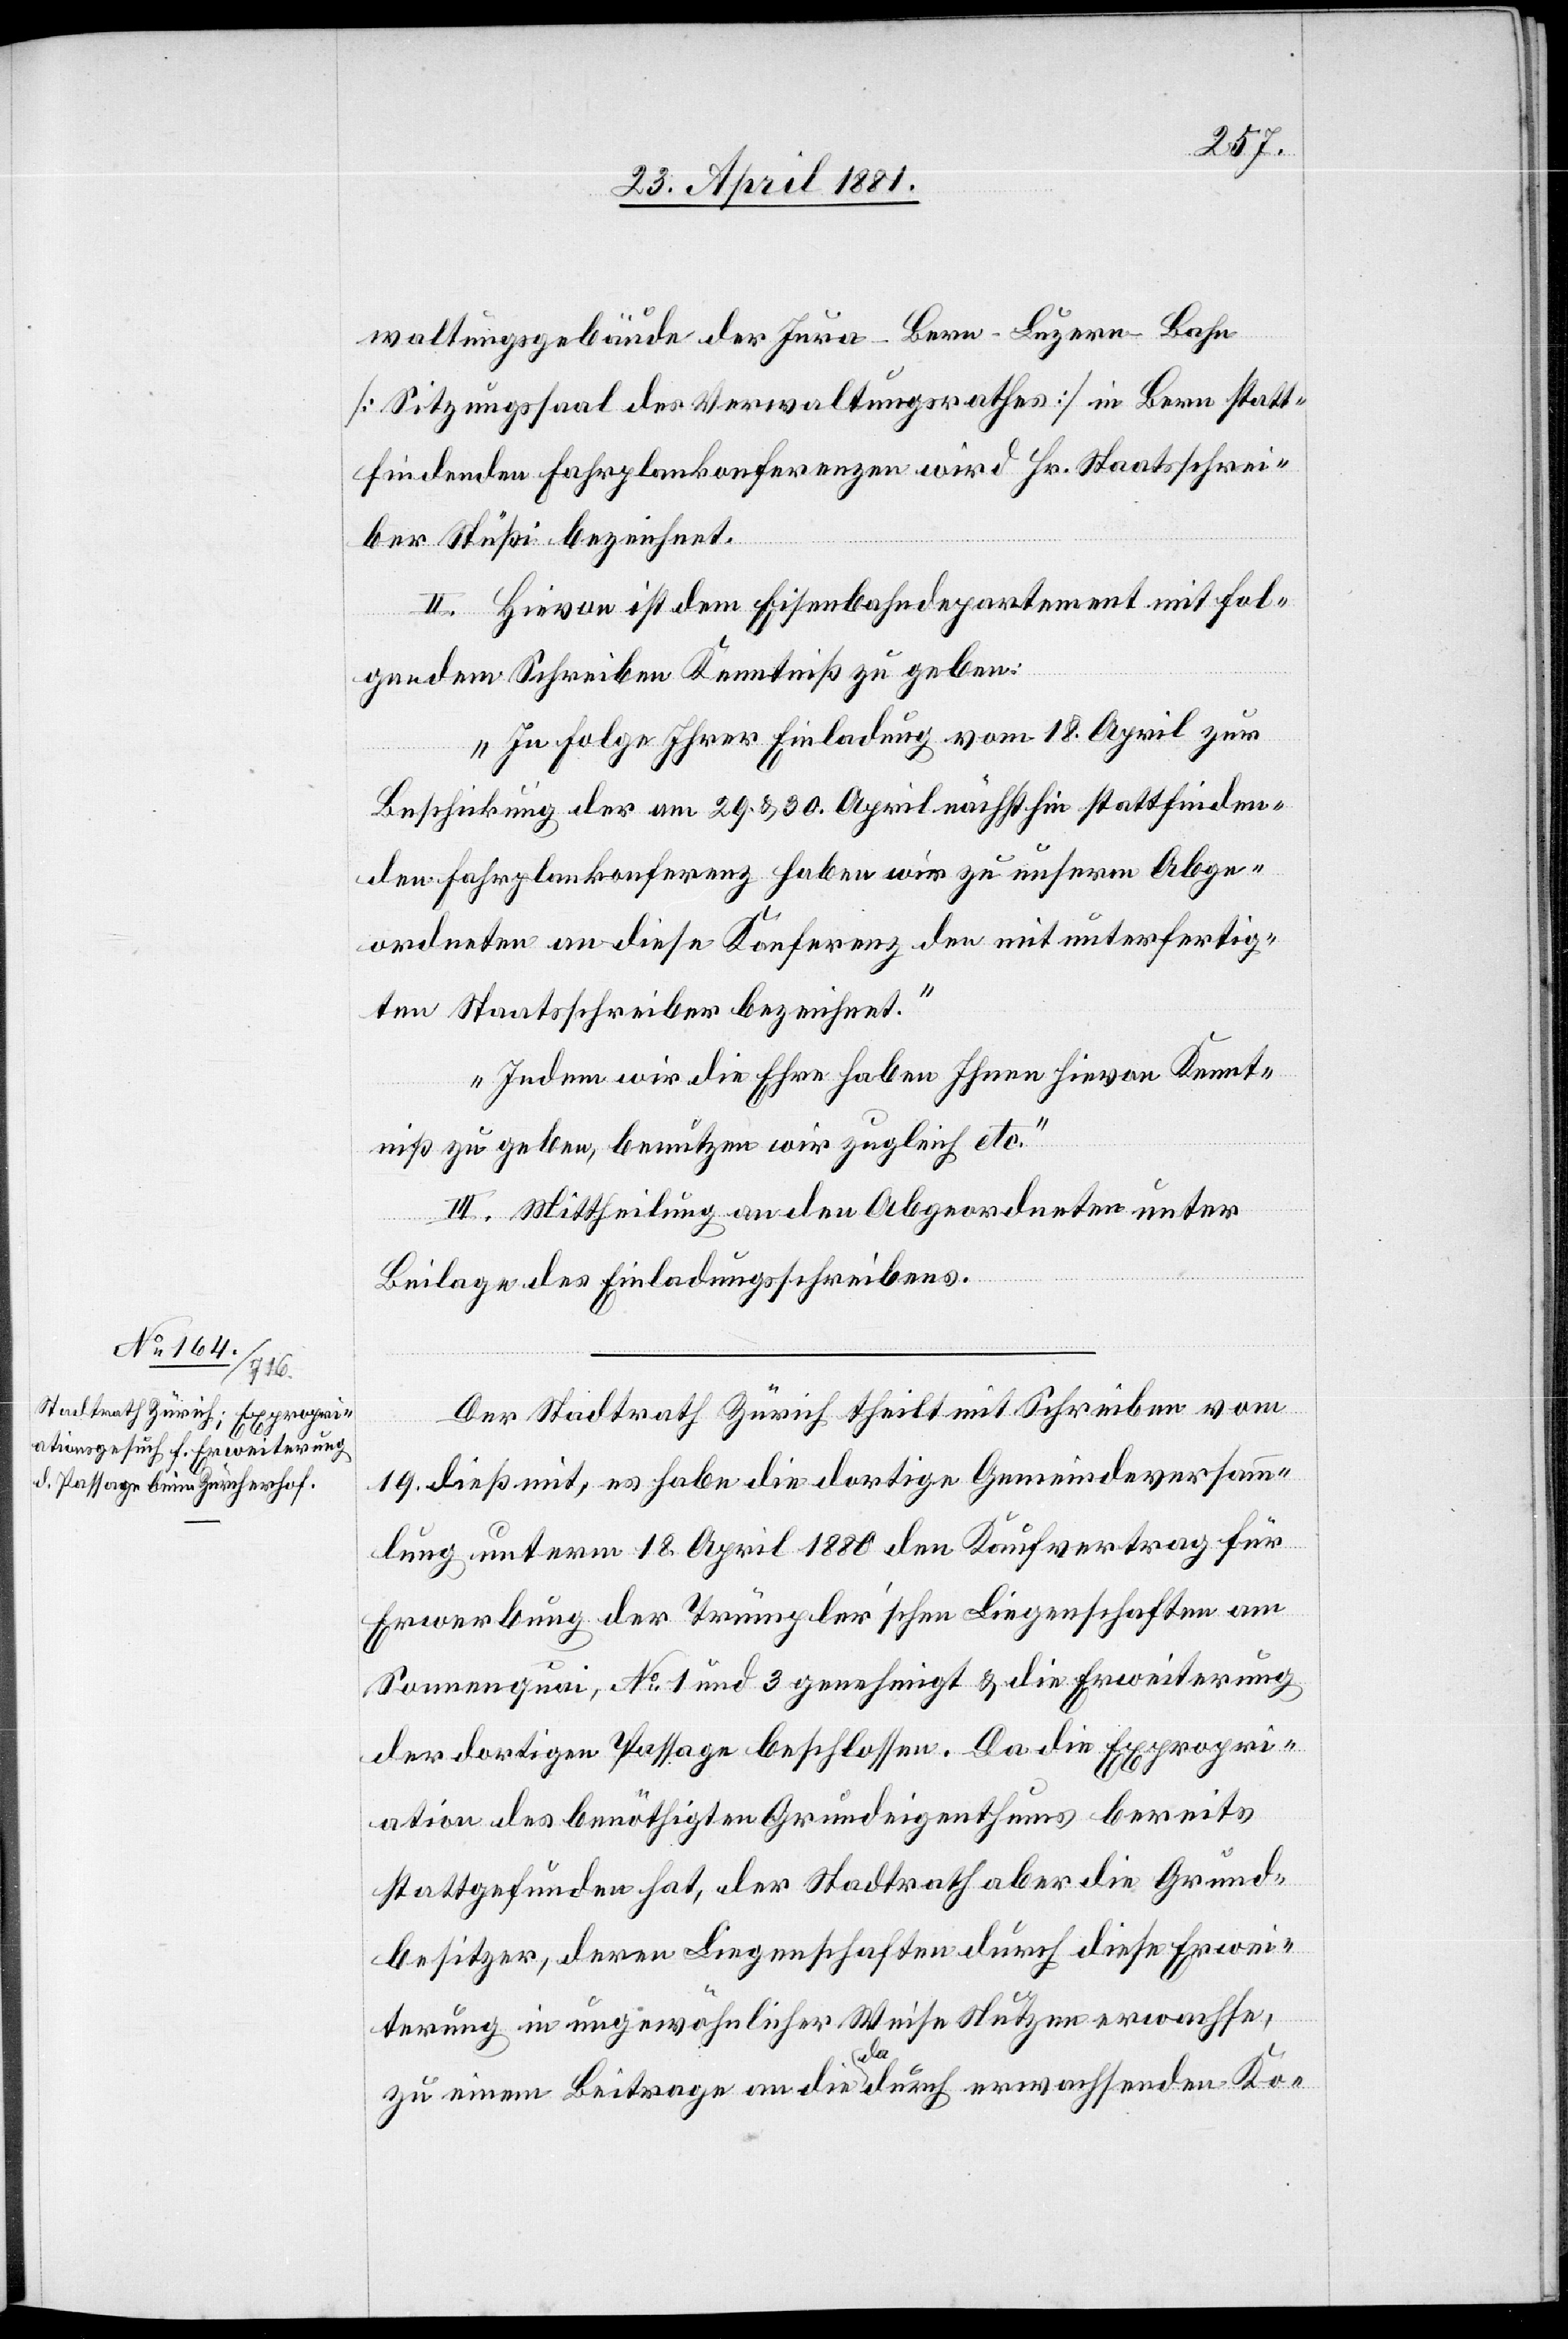
waltungsgebäude der Jura–Bern–Luzern-Bahn
[Sitzungsaal des Verwaltungsrathes] in Bern statt¬
findenden Fahrplankonferenzen wird Hr. Staatsschrei¬
ber Stüßi bezeichnet.
II. Hievon ist dem Eisenbahndepartement mit fol¬
gendem Schreiben Kenntniß zu geben:
„In Folge Ihrer Einladung vom 18. April zur
Beschickung der am 29. & 30. April nächsthin stattfinden¬
den Fahrplankonferenz haben wir zu unserm Abge¬
ordneten an diese Konferenz den mit unterfertig¬
ten Staatsschreiber bezeichnet.
Indem wir die Ehre haben, Ihnen hievon Kennt¬
niß zu geben, benutzen wir zugleich etc.
III. Mittheilung an den Abgeordneten unter
Beilage des Einladungsschreibens.
Der Stadtrath Zürich theilt mit Schreiben vom
19. dieß mit, es habe die dortige Gemeindeversamm¬
lung unterm 18. April 1880 den Kaufvertrag für
Erwerbung der Trümpler’schen Liegenschaften am
Sonnenquai, No 1 und 3 genehmigt & die Erweiterung
der dortigen Passage beschlossen. Da die Expropri¬
ation des benöthigten Grundeigenthums bereits
stattgefunden hat, der Stadtrath aber die Grund¬
besitzer, deren Liegenschaften durch diese Erwei¬
terung in ungewöhnlicher Weise Nutzen erwachsen,
zu einem Beitrage an die darauf erwachsenden Ko-